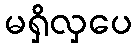
မရှိလှပေ